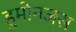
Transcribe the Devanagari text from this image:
हुमोनजस